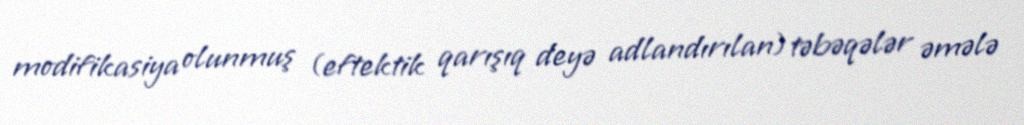
modifikasiya olunmuş (eftektik qarışıq deyə adlandırılan) təbəqələr əmələ